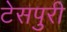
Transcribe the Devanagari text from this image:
टेसपुरी